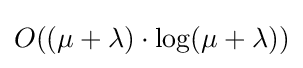
O((\mu +\lambda )\cdot \log(\mu +\lambda ))